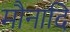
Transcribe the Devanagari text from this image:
मौनादि